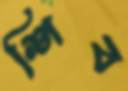
শিব